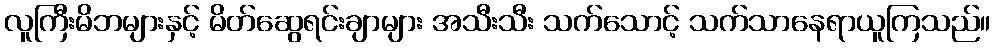
လူကြီးမိဘများနှင့် မိတ်ဆွေရင်းချာများ အသီးသီး သက်သောင့် သက်သာနေရာယူကြသည်။